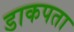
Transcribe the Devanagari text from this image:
डाकपता